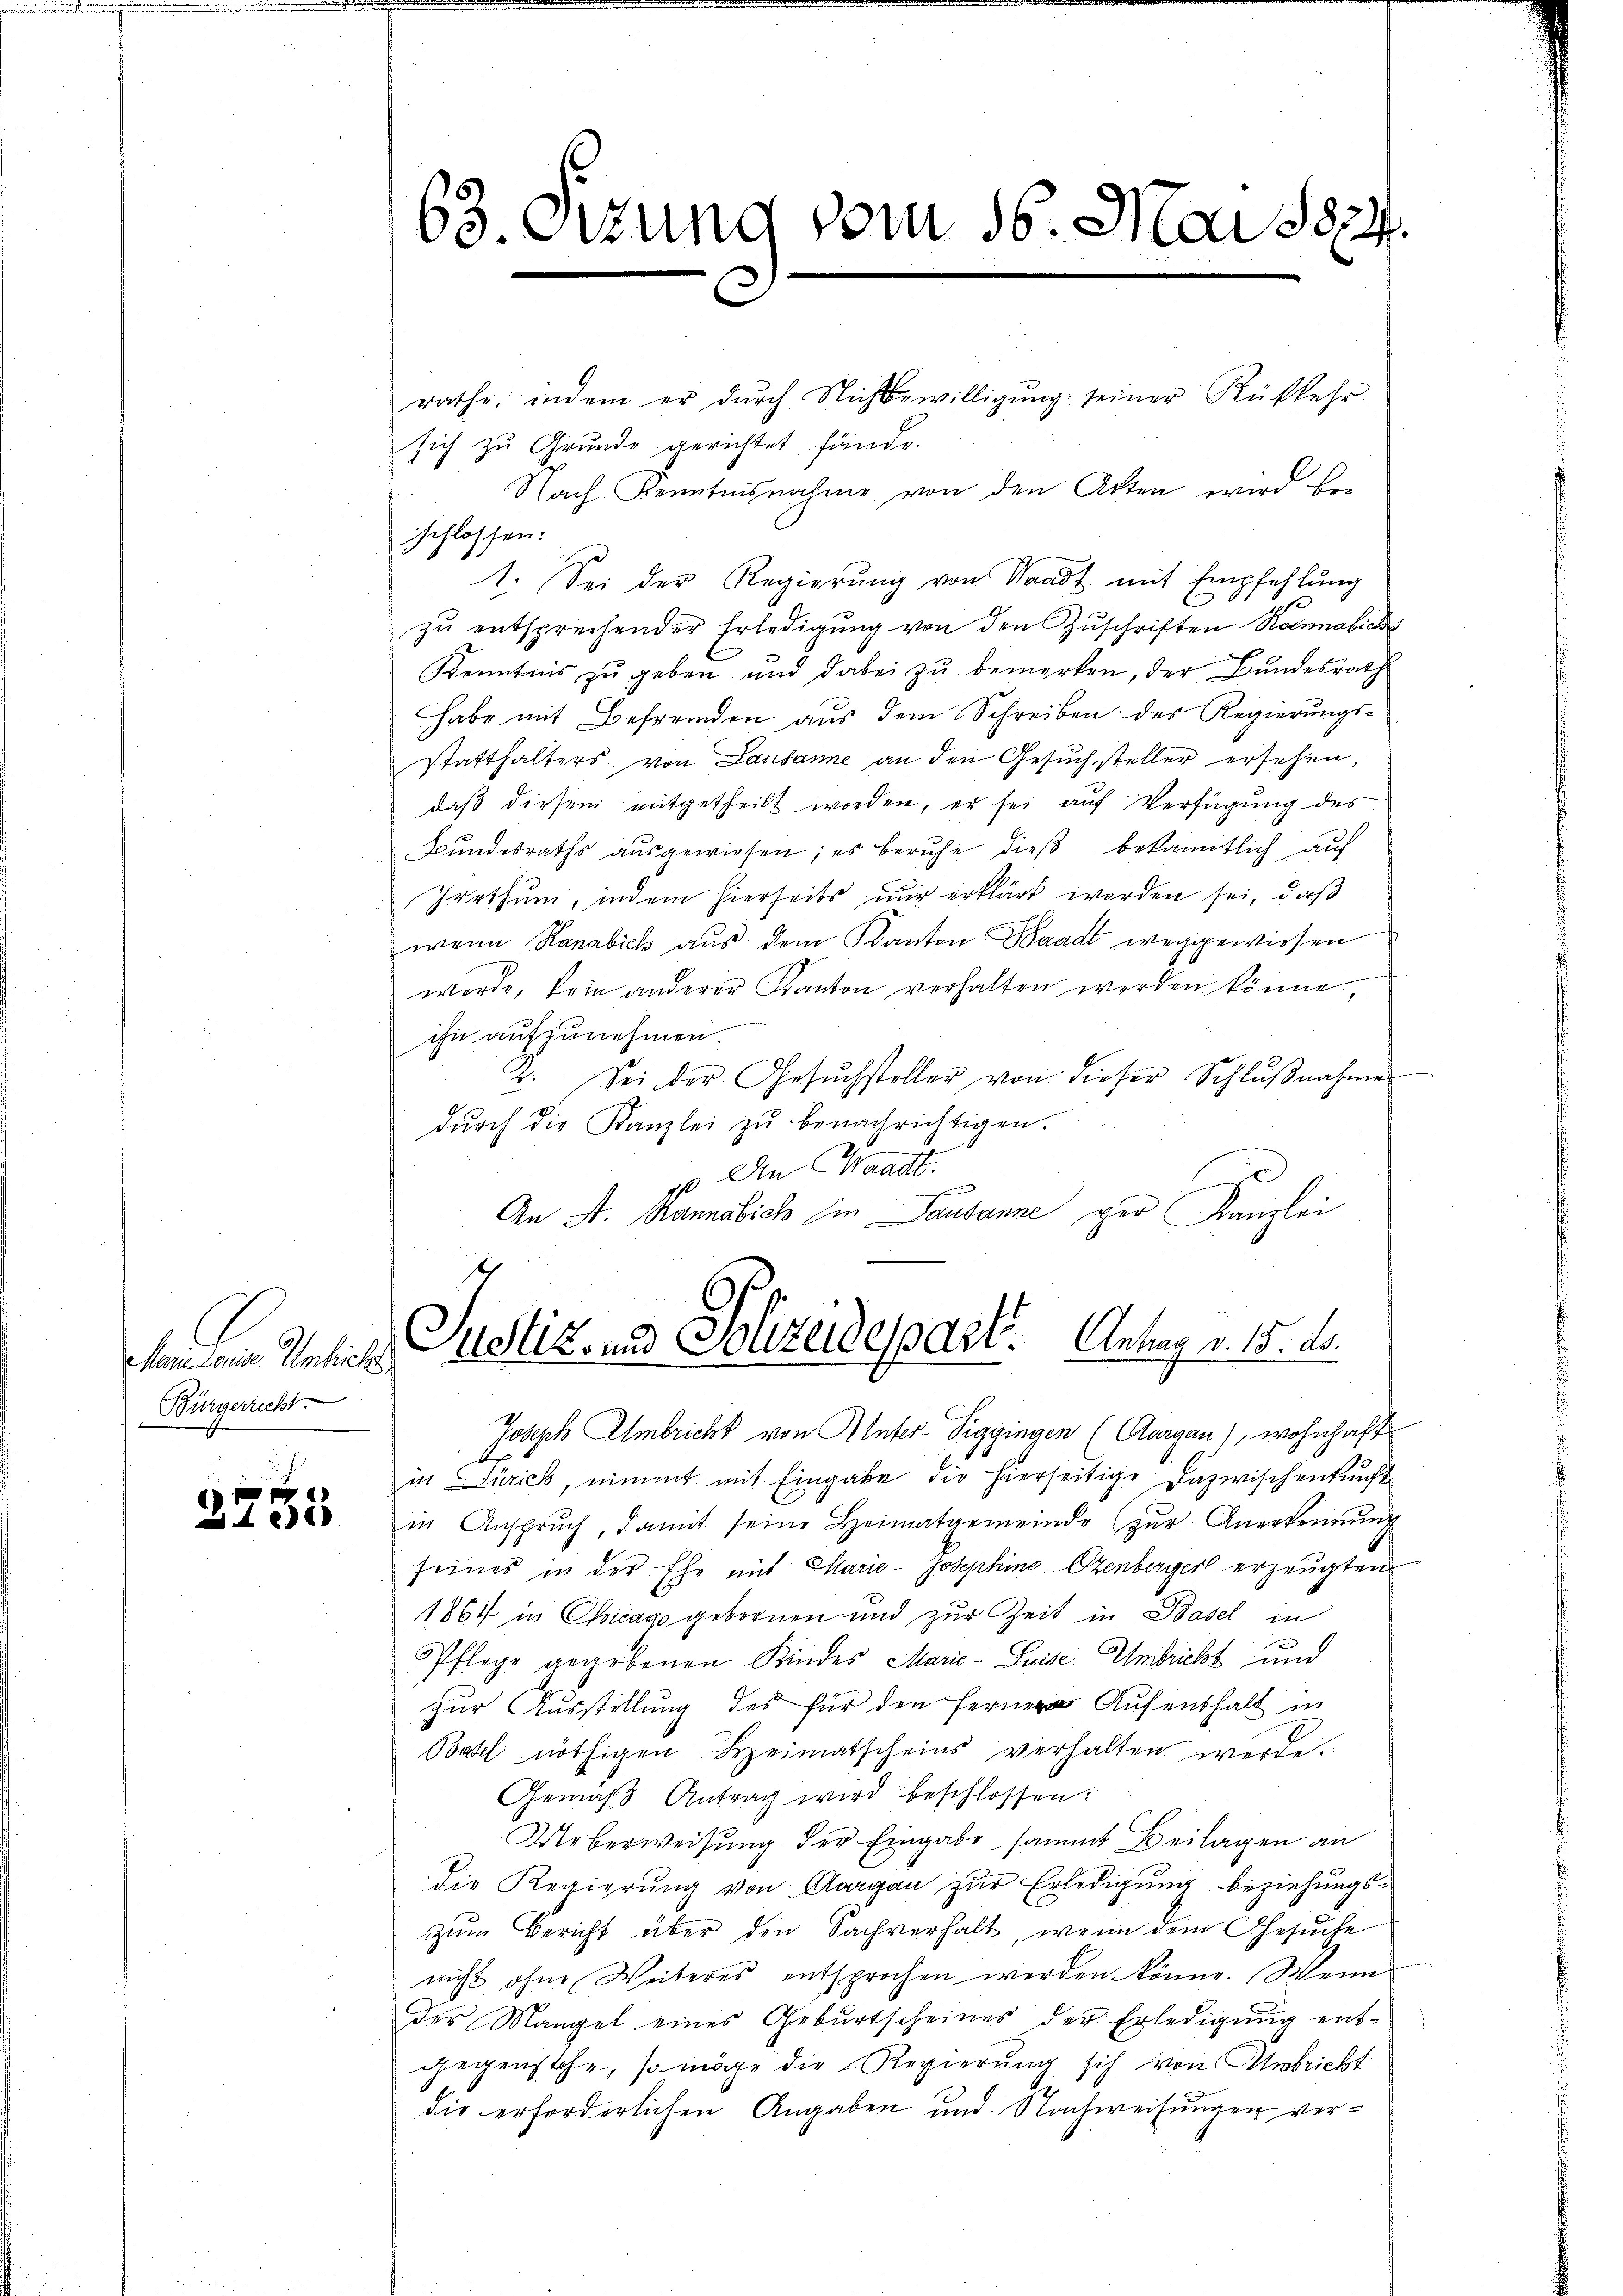
e
4x6

Marie Louise Umbichl
Bürgerricht

rathe, indem er durch Nichtswilligŭng seiner Rükkehr.
sich zu Grunde gerichtet fände.
Nach Kenntnisnahme von den Akten wird be-
schlossen:
1. Sei der Regierung von Waadt mit Empfehlung
zu entsprechender Erledigung von den Zuschriften Konnabich
Kenntnis zu geben und dabei zu bemerken, der Bundesrath
habe mit Befremden aus dem Schreiben des Regierungsstatthalters von Lausanne an den Gesuchsteller ersehen,
daß diesem mitgetheilt worden, er sei auf Verfügung des
Bŭndesraths aŭsgewiesen; es beruhe dieβ bekanntlich auf
Irrthum, indem hierseits nur erklärt worden sei, daß
wenn Ranabick aŭs dem Kanton Waadt weggewiesen
werde, kein anderer Kanton verhalten werden könne.
ihn aufzunehmen.
2. Sei der Gesŭchsteller von dieser Schlŭβnahme
dŭrch die Kanzlei zŭ benachrichtigen.
p. An Waadt.
e
An A. Bannslich in Pausanne per Kanzlei
Justiz- und Polizeidepart. Antrag v. 15. ds.
Joseph Ambricht von Unter-Piggingen (Aargau), wohnhaft
in Zürich, nimmt mit Eingabe die hierseitige Dazwischenkunft
in Ansprŭch, damit seine Heimatgemeinde zŭr Anerkennung
seines in der Ehe mit Marie-Josephine Szenberger erzeugten
1864 in Chicago gebornen und zur Zeit in Basel in
Pflege gegebenen Kindes Marie-Puise. Umbricht und
zur Ausstellung des für den ferner Aufenthalt in
Batl nöthigen Heimatscheins verhalten werde.
Gemäβ Antrag wird beschlossen:
Ueberweisung der Eingabe sammt Beilagen an
die Regierung von Aargau zur Erledigung beziehungszum Bericht über den Sachverhalt, wenn dem Gesuche
nicht ohne Weiteres entsprochen werden könne. Wenn
des Mangel eines Gebŭrtscheines der Erledigŭng ent-
gegenstehe, so möge die Regierung sich von Anbricht
die erforderlichen Angaben und Nachweisungen ver¬

63. Otzung vom 16. Mai 1874.